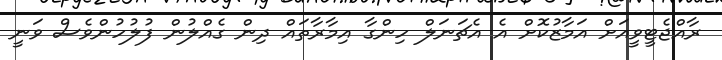
ރާއްޖެޓީވީއަށް އަމާޒުކޮށް އެ އެޗަނަލް ހިންގާ އިމާރާތައް ދިން ގެއްލުން ފުލުހުންވެސް ވަނީ